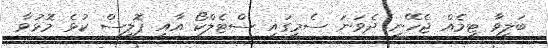
ބަލިވާ ޓީމެއް ޖެހޭނީ ދެވަނަ ސެމީގައި ސްޓެލްކޯ އާއި ޕޮލިސް ކުޅެ މޮޅުވާ